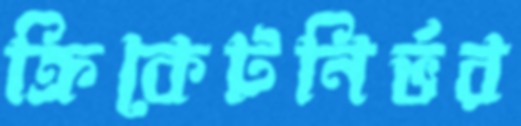
ক্রিকেটনির্ভর